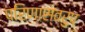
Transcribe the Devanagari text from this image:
परिणास्वरुप